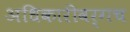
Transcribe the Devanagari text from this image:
अधिकारीवर्गच